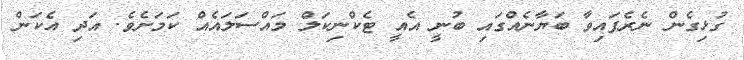
ގުޅިގެން ނެރެފައިވާ ބަޔާނެއްގައި ބުނީ އެއީ ޓެކްނިކަލް މައްސަލައެއް ކަމަށެވެ. އަދި އެކަން